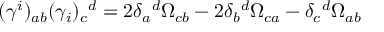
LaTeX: ( \gamma ^ { i } ) _ { a b } ( \gamma _ { i } ) _ { c } { } ^ { d } = 2 \delta _ { a } { } ^ { d } \Omega _ { c b } - 2 \delta _ { b } { } ^ { d } \Omega _ { c a } - \delta _ { c } { } ^ { d } \Omega _ { a b }